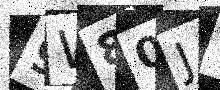
Text: 9W80J1